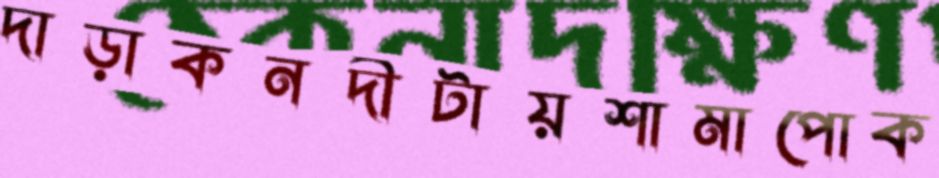
দাড়াকনদীটায়শামাপোক